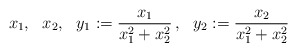
\begin{align*}x_1, ~~x_2,~~ y_1:= \frac{x_1}{x_1^2+x_2^2}\,,~~y_2:=\frac{x_2}{x_1^2+x_2^2}\end{align*}